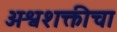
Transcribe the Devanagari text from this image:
अश्वशक्तीचा